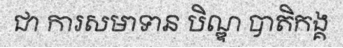
ជា ការសមាទាន បិណ្ឌ បាតិកង្គ